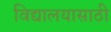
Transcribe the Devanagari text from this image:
विद्यालयासाठी